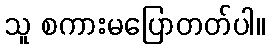
သူ စကားမပြောတတ်ပါ။